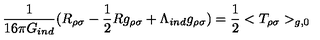
{ \frac { 1 } { 1 6 \pi G _ { i n d } } } ( R _ { \rho \sigma } - { \frac { 1 } { 2 } } R g _ { \rho \sigma } + \Lambda _ { i n d } g _ { \rho \sigma } ) = { \frac { 1 } { 2 } } < T _ { \rho \sigma } > _ { g , 0 }